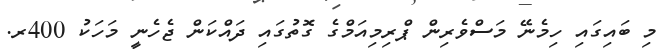
މި ބައިގައި ހިމެނޭ މަސްވެރިން ޕްރިމިއަމްގެ ގޮތުގައި ދައްކަން ޖެހެނީ މަހަކު 400ރ.